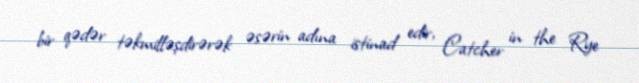
bir qədər təkmilləşdirərək əsərin adına istinad edir, Catcher in the Rye